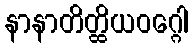
နာနာတိတ္ထိယဝဂ္ဂေါ